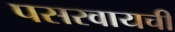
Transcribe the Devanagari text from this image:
पसरवायची